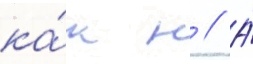
ка́к н // А́